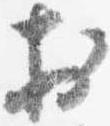
於